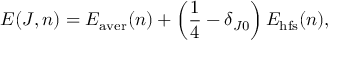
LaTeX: E ( J , n ) = E _ { \mathrm { a v e r } } ( n ) + \left( { \frac { 1 } { 4 } } - \delta _ { J 0 } \right) E _ { \mathrm { h f s } } ( n ) ,